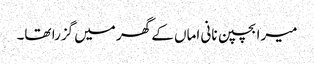
میرا بچپن نانی اماں کے گھر میں گزرا تھا۔